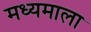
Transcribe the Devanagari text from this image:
मध्यमाला